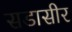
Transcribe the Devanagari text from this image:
सडासीर